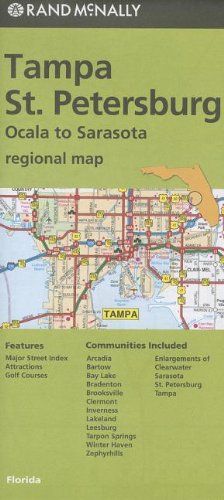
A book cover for Rand McNally Folded Map: Tampa and St. Petersburg Regional Map; Rand McNally; Travel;